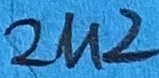
Text: 2U2